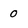
Character: 0